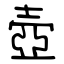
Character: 壺